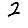
Digit: 2